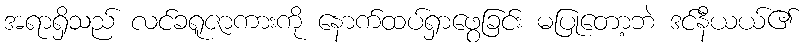
အရာရှိသည် လင်ခရူဇာကားကို နောက်ထပ်ရှာဖွေခြင်း မပြုတော့ဘဲ ဒင်နီယယ်၏